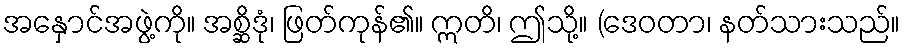
အနှောင်အဖွဲ့ကို။ အစ္ဆိဒုံ၊ ဖြတ်ကုန်၏။ ဣတိ၊ ဤသို့။ (ဒေဝတာ၊ နတ်သားသည်။